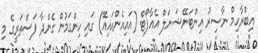
އިބްރާހިމް ނާސިރު އިންޓަނޭޝަނަލް އެއާޕޯޓް (އައިއެންއައިއޭ) ގައި ހިންގަމުން ގެންދާ ފަސްތަރީގެ މި